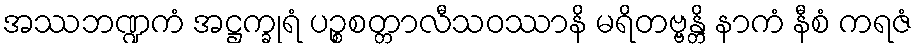
အဿဘဏ္ဍကံ အဋ္ဌက္ခုရံ ပဉ္စစတ္တာလီသဝဿာနိ မရိတဗ္ဗန္တိ နာကံ နီစံ ကရဇံ